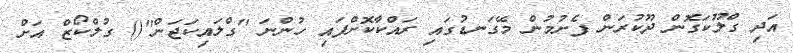
އަދި ގްލޫކަގޮން ދޫކުރަން ފެށުމުން މޭގަނޑުގައި ރައްކާކޮށްފައި ހުންނަ ''ގްލައިކަޖަން''() ގުލްކޯޒް އަށް